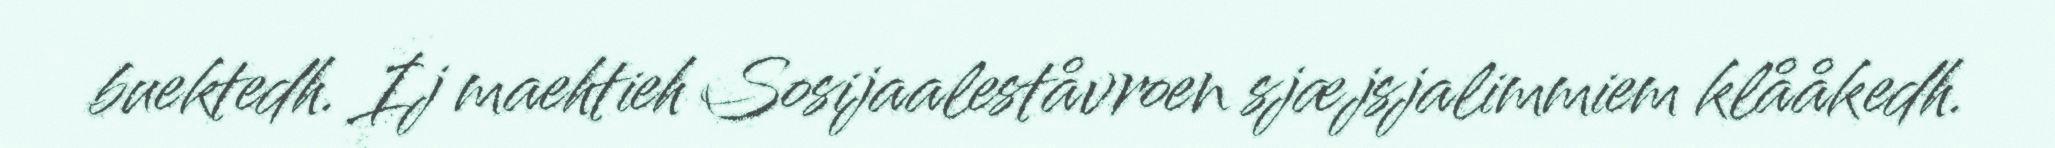
buektedh. Ij maehtieh Sosijaaleståvroen sjæjsjalimmiem klååkedh.